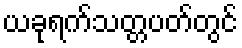
ယခုရက်သတ္တပတ်တွင်